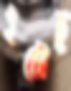
ইটোচু